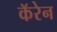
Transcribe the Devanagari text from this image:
कॅरेन